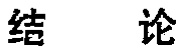
结论